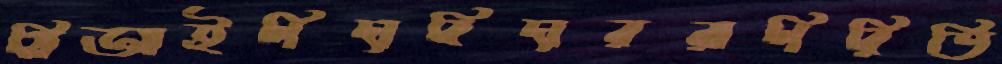
সিআইপিদাবিদাররাপিরিতি